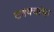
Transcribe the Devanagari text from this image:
टक्क्यांचा